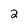
Character: 2